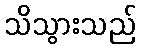
သိသွားသည်